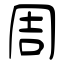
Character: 周